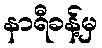
နာရီခန့်မှ